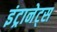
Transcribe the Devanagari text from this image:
इंट्रानेट्स